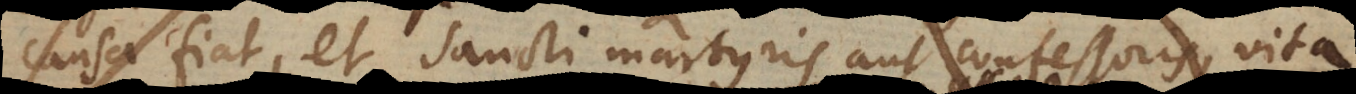
causa fiat, et sancti martyris aut confessoris, vita